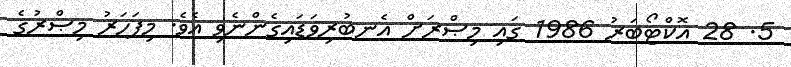
5. 28 އޮކްޓޯބަރު 1986 ގައި މިޞްރަށް އެނބުރިވަޑައިގެންނެވި އެވެ. މިފަހަރު މިޞްރުގެ